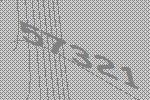
57321